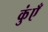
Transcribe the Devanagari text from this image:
कुंएँ